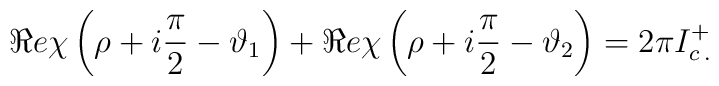
\Re e\chi \left( \rho +i\displaystyle\frac{\pi }{2}-\vartheta _{1}\right) +\Re e\chi \left( \rho +i\displaystyle\frac{\pi }{2}-\vartheta _{2}\right) =2\pi I^{+}_{c\: .}